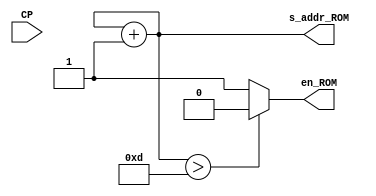
`timescale 1ns / 1ps
//////////////////////////////////////////////////////////////////////////////////
// Company: 
// Engineer: 
// 
// Design Name: 
// Module Name: CONT
// Project Name: 
// Target Devices: 
// Tool Versions: 
// Description: 
// 
// Dependencies: 
// 
// Revision:
// Revision 0.01 - File Created
// Additional Comments:
// 
//////////////////////////////////////////////////////////////////////////////////


module CONT(
// I/O
	input CP,
	output reg en_ROM,
	output reg [3:0] s_addr_ROM
);
//Se;ales internas
    reg [3:0] auxs_addr_ROM = 4'b1111;
//Cuerpo del modulo
    always@(CP)
    begin
        auxs_addr_ROM <= auxs_addr_ROM + 1;
        s_addr_ROM <= auxs_addr_ROM;
        if(auxs_addr_ROM > 4'b1101)
            en_ROM = 2'b00;
        else
            en_ROM = 2'b11;
    end
endmodule